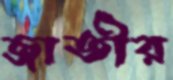
জাতীর